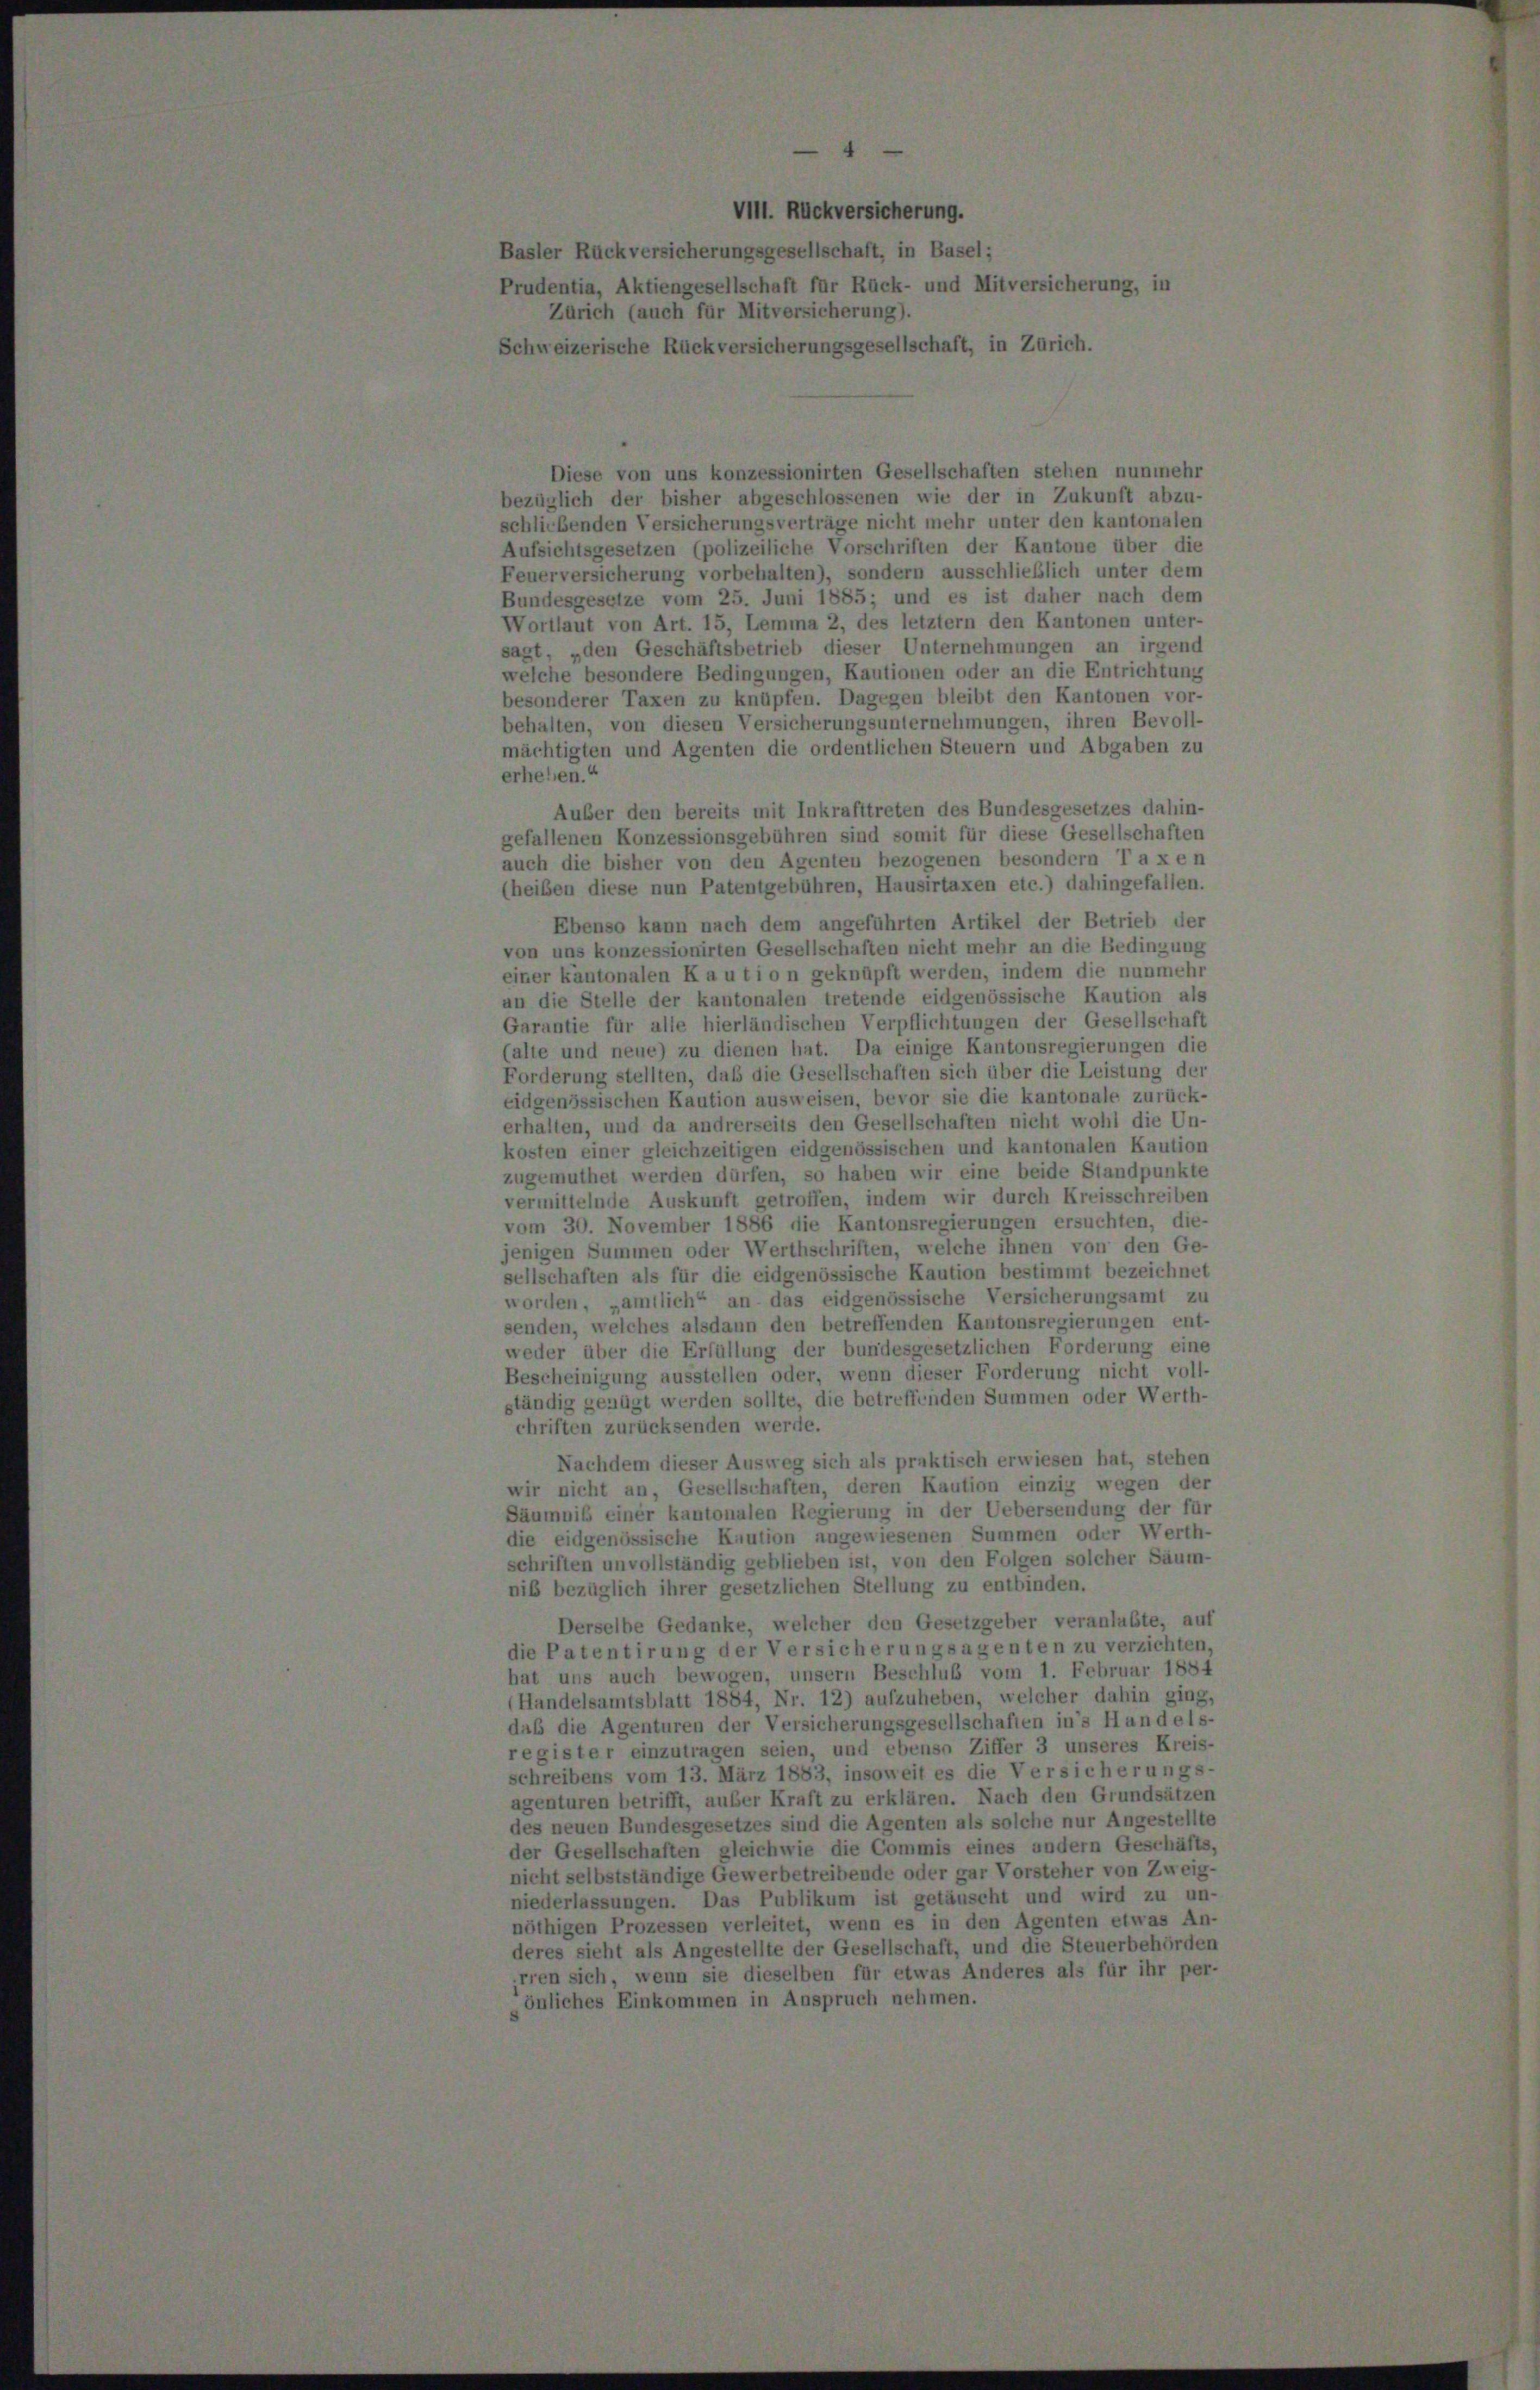
VIII. Rückversicherung.
ler Rückversicherungsgesellschaft, in Basel;
identia, Aktiengesellschaft für Rück- und Mitversichert
Zürich (auch für Mitversicherung).
weizerische Rückversicherungsgesellschaft, in Zürich.

Diese von uns konzessionirten Gesellschaften stehen nunmehr
bezüglich der bisher abgeschlossenen wie der in Zukunft abzu-
schliebenden Versicherungsverträge nicht mehr unter den kantonalen
Aufsichtsgesetzen (polizeiliche Vorschriften der Kantone über die
Feuerversicherung vorbehalten), sondern ausschließlich unter dem
Bundesgesetze vom 25. Juni 1885; und es ist daher nach dem
Wortlaut von Art. 15, Lemma 2, des letztem den Kantonen unter-
sagt, „den Geschäftsbetrieb dieser Unternehmungen an irgend
welche besondere Bedingungen, Kautionen oder an die Entrichtung
besonderer Taxen zu knüpfen. Dagegen bleibt den Kantonen vor-
behalten, von diesen Versicherungsunternehmungen, ihren Bevoll-
mächtigten und Agenten die ordentlichen Steuern und Abgaben zu
erheben.“
Auber den bereits mit Inkrafttreten des Bundesgesetzes dahin-
gefallenen Konzessionsgebühren sind somit für diese Gesellschaften
auch die bisher von den Agenten bezogenen besondern Taxen
(heiben diese nun Patentgebühren, Hausirtaxen etc.) dahingefallen.
Ebenso kann nach dem angeführten Artikel der Betrieb der
von uns konzessionirten Gesellschaften nicht mehr an die Bedingung
einer kantonalen Kaution geknüpft werden, indem die nunmehr
an die Stelle der kantonalen tretende eidgenössische Kaution als
Garantie für alle hierländischen Verpflichtungen der Gesellschaft
(alte und neue) zu dienen hat. Da einige Kantonsregierungen die
Forderung stellten, daß die Gesellschaften sich über die Leistung der
eidgenössischen Kaution ausweisen, bevor sie die kantonale zurück-
erhalten, und da andrerseits den Gesellschaften nicht wohl die Un-
kosten einer gleichzeitigen eidgenössischen und kantonalen Kaution
zugemuthet werden dürfen, so haben wir eine beide Standpunkte
vermittelnde Auskunft getroffen, indem wir durch Kreisschreiben
vom 30. November 1886 die Kantonsregierungen ersuchten, die-
jenigen Summen oder Werthschriften, welche ihnen von den Ge-
sellschaften als für die eidgenössische Kaution bestimmt bezeichnet
worden, „amtlich“ an das eidgenössische Versicherungsamt zu
senden, welches alsdann den betreffenden Kantonsregierungen ent-
weder über die Erfüllung der bundesgesetzlichen Forderung eine
Bescheinigung ausstellen oder, wenn dieser Forderung nicht voll-
ständig genügt werden sollte, die betreffenden Summen oder Werth-
chriften zurücksenden werde.
Nachdem dieser Ausweg sich als praktisch erwiesen hat, stehen
wir nicht an, Gesellschaften, deren Kaution einzig wegen der
Säumniß einer kantonalen Regierung in der Uebersendung der für
die eidgenössische Kaution angewiesenen Summen oder Werth-
schriften unvollständig geblieben ist, von den Folgen solcher Säum-
nik bezüglich ihrer gesetzlichen Stellung zu entbinden.
Derselbe Gedanke, welcher den Gesetzgeber veranlaßte, auf
die Patentirung der Versicherungsagenten zu verzichten,
hat uns auch bewogen, unsern Beschluß vom 1. Februar 1884
(Handelsamtsblatt 1884, Nr. 12) aufzuheben, welcher dahin ging,
das die Agenturen der Versicherungsgesellschaften in’s Handels-
register einzutragen seien, und ebenso Ziffer 3 unseres Kreis-
schreibens vom 13. März 1883, insoweit es die Versicherungs-
agenturen betrifft, außer Kraft zu erklären. Nach den Grundsätzen
des neuen Bundesgesetzes sind die Agenten als solche nur Angestellte
der Gesellschaften gleichwie die Commis eines andern Geschäfts,
nicht selbstständige Gewerbetreibende oder gar Vorsteher von Zweig-
niederlassungen. Das Publikum ist getäuscht und wird zu un-
nöthigen Prozessen verleitet, wenn es in den Agenten etwas An-
deres sieht als Angestellte der Gesellschaft, und die Steuerbehörden
irren sich, wenn sie dieselben für etwas Anderes als für ihr per-
önliches Einkommen in Anspruch nehmen.